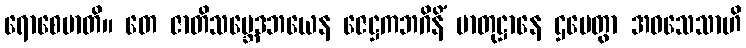
ရောစေမာတိ။ တေ ဇာတိသမ္ဘေဒဘယေန ဇေဋ္ဌကဘဂိနိံ မာတုဋ္ဌာနေ ဌပေတွာ အဝသေသာဟိ